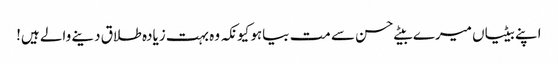
اپنے بیٹیاں میرے بیٹے حسن سے مت بیاہو کیونکہ وہ بہت زیادہ طلاق دینے والے ہیں!